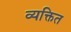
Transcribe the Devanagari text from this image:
व्यक्तित